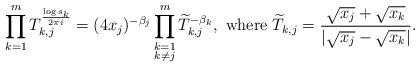
LaTeX: \begin{align*}\prod_{k=1}^{m} T_{k,j}^{\frac{\log s_{k}}{2\pi i}} = (4x_{j})^{-\beta_{j}}\prod_{\substack{k=1 \\ k \neq j}}^{m} \widetilde{T}_{k,j}^{-\beta_{k}}, \mbox{ where } \widetilde{T}_{k,j} = \frac{\sqrt{x_{j}}+\sqrt{x_{k}}}{|\sqrt{x_{j}}-\sqrt{x_{k}}|}.\end{align*}